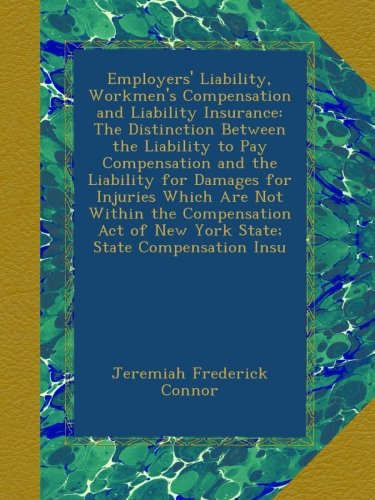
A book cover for Employers' Liability, Workmen's Compensation and Liability Insurance: The Distinction Between the Liability to Pay Compensation and the Liability for ... of New York State; State Compensation Insu; Jeremiah Frederick Connor; Business & Money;